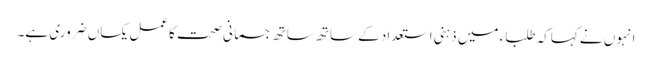
انہوں نے کہاکہ طلباء میں ذہنی استعدادکے ساتھ ساتھ جسمانی صحت کاعمل یکساں ضروری ہے۔